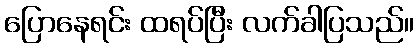
ပြောနေရင်း ထရပ်ပြီး လက်ခါပြသည်။